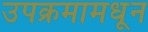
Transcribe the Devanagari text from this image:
उपक्रमामधून